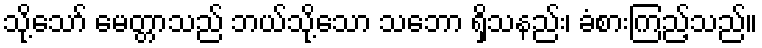
သို့သော် မေတ္တာသည် ဘယ်သို့သော သဘော ရှိသနည်း၊ ခံစားကြည့်သည်။